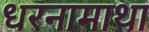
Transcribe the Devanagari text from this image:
धरनामाथा